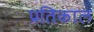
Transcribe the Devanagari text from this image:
प्रतिकाल